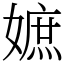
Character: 嫬